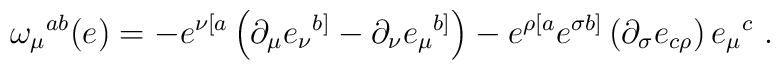
\omega_{\mu}{}^{ab}(e)= -e^{\nu[a}\left( \partial_{\mu}e_{\nu}{}^{b]} -\partial_{\nu}e_\mu{}^{b]}\right) - e^{\rho[a} e^{\sigma b]}\left( \partial_{\sigma} e_{c\rho} \right) e_{\mu}{}^{c}\ .